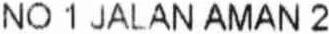
NO 1 JALAN AMAN 2